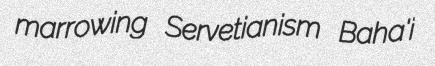
marrowing Servetianism Baha'i